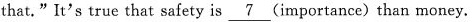
that." It's true that safety is \underline{7}(importantance) than money.